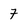
Character: 7